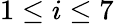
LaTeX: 1\leq i\leq 7